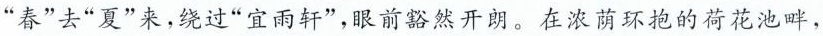
”春”去”夏”来，绕过”宜雨轩”，眼前豁然开朗。在浓荫环抱的荷花池畔，